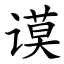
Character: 谟